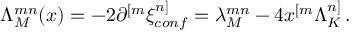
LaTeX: \Lambda _ { M } ^ { m n } ( x ) = - 2 \partial ^ { [ m } \xi _ { c o n f } ^ { n ] } = \lambda _ { M } ^ { m n } - 4 x ^ { [ m } \Lambda _ { K } ^ { n ] } \, .